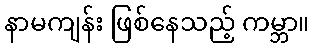
နာမကျန်း ဖြစ်နေသည့် ကမ္ဘာ။